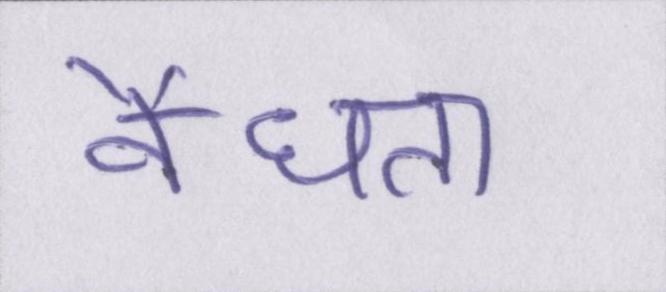
वैधता